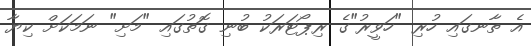
އެ ތާނގައި ހުރި "ހަވީރު"ގެ ރިޕޯޓަރަކު ބުނި ގޮތުގައި "މަށި" ނަމަކަށް ކިޔާ